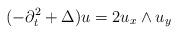
LaTeX: \begin{align*} (-\partial_t^2 + \Delta) u = 2 u_x \wedge u_y \end{align*}